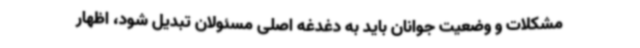
مشکلات و وضعیت جوانان باید به دغدغه اصلی مسئولان تبدیل شود، اظهار